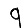
Digit: 9